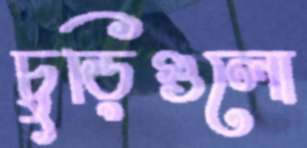
চুড়িগুলো